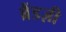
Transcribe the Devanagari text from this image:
ब्रैंडज़ी